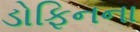
ડોફિનના